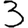
Digit: 3